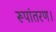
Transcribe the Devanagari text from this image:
रूपांतरण।